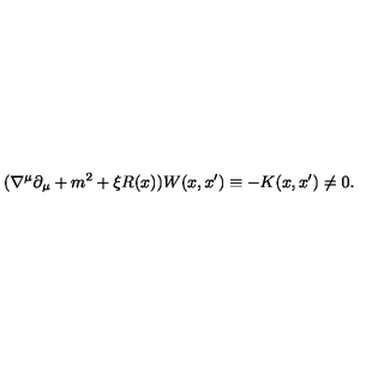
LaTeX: ( \nabla ^ { \mu } \partial _ { \mu } + m ^ { 2 } + \xi R ( x ) ) W ( x , x ^ { \prime } ) \equiv - K ( x , x ^ { \prime } ) \neq 0 .